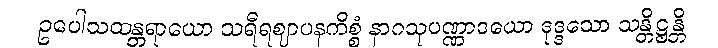
ဥပေါသထန္တရာယော သရီရဈာပနကိစ္စံ နာဂသုပဏ္ဏာဒယော ဒုဒ္ဒသော သန္တိဋ္ဌန္တိ